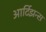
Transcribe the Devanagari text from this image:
आर्टिझन्स